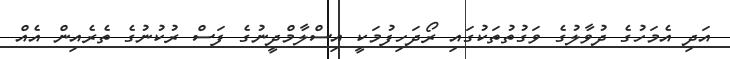
އަދި އެމަހުގެ ދުވާލުގެ ވަގުތުތަކުގައި ރޯދަހިފުމަކީ އިސްލާމްދީނުގެ ފަސް ރުކުނުގެ ތެރެއިން އެއް